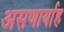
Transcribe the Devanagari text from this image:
असणार्याह